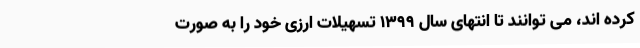
کرده اند، می توانند تا انتهای سال 1399 تسهیلات ارزی خود را به صورت